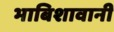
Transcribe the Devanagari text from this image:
भाबिशावानी